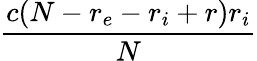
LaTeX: \frac{c(N-r_{e}-r_{i}+r)r_{i}}{N}